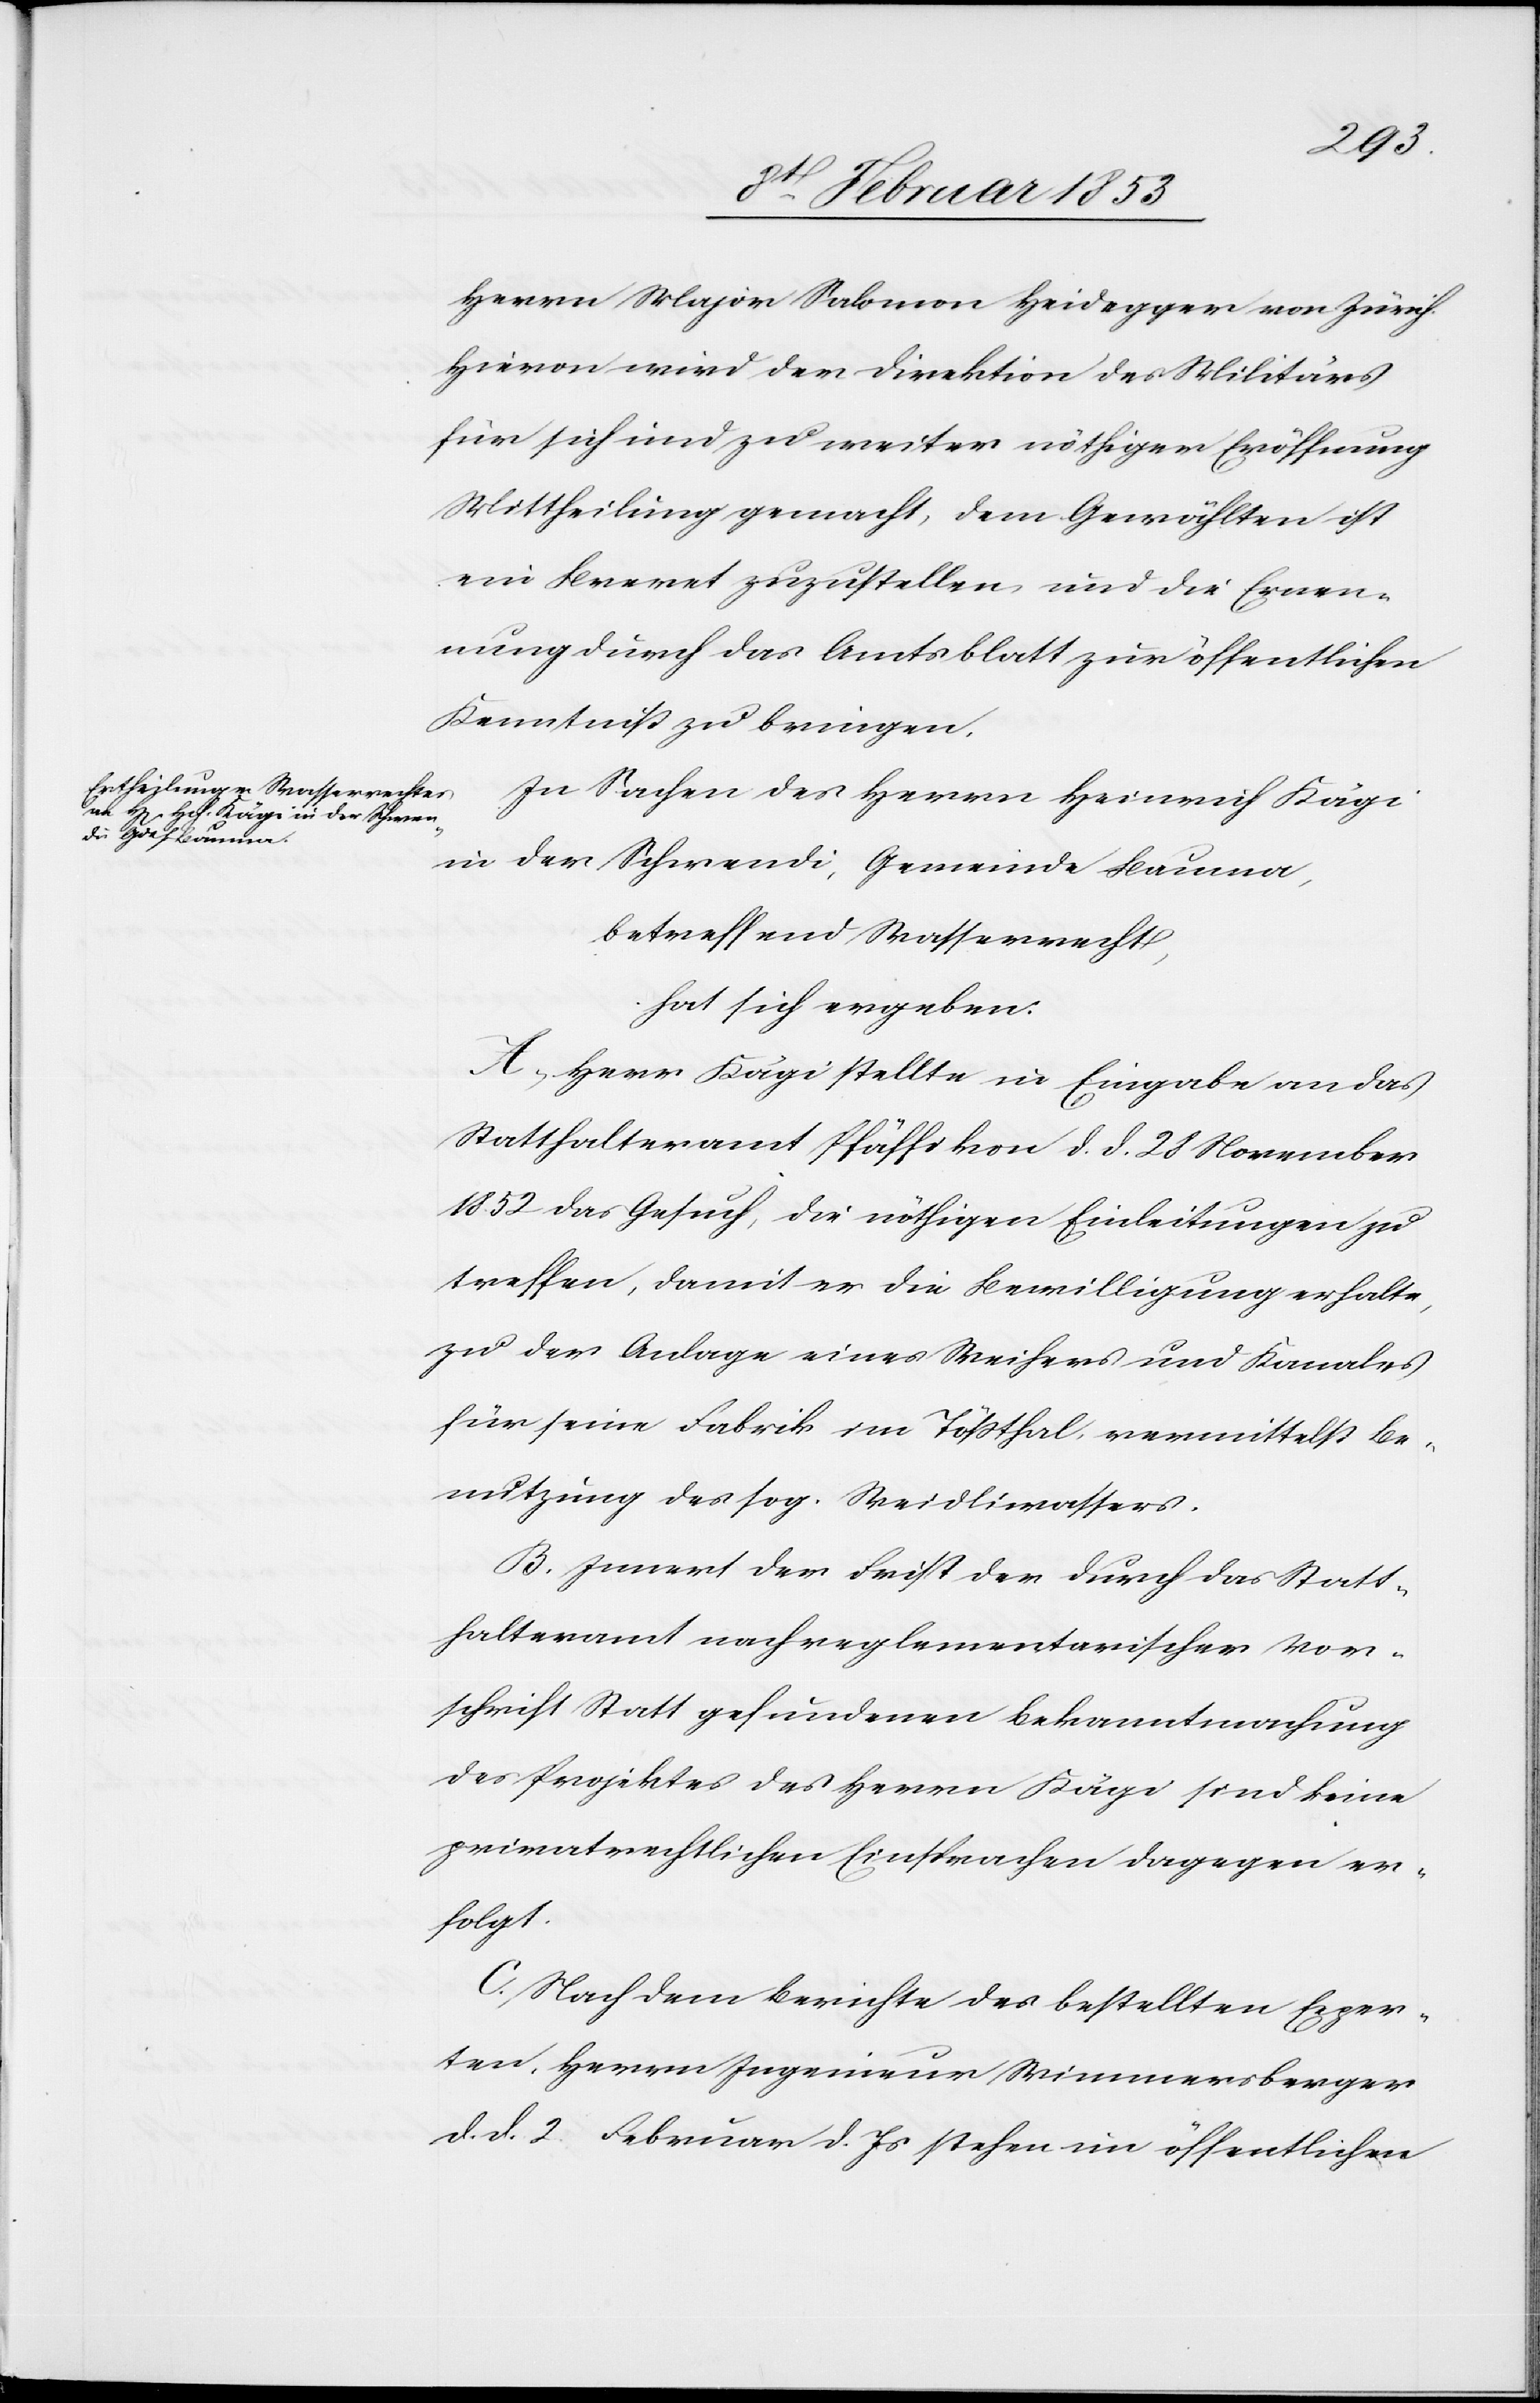
Herrn Major Salomon Heidegger von Zürich.
Hievon wird der Direktion des Militärs
für sich und zu weiter nöthigen Eröffnung
Mittheilung gemacht, dem Gewählten ist
ein Berret zuzustellen und die Ernen¬
nung durch das Amtsblatt zur öffentlichen
Kenntniß zu bringen.
In Sachen des Herrn Heinrich Kägi
in der Schwendi, Gemeinde Bauma,
betreffend Wasserrecht,
hat sich ergeben:
Herr Kägi stellte in Eingabe an das
Statthalteramt Pfäffikon d. d. 28. November
1852 das Gesuch, die nöthigen Einleitungen zu
treffen, damit er die Bewilligung erhalte,
zu der Anlage eines Weihers und Kanales
für eine Fabrik im Tößthal, vermittelst Be¬
nutzung des sog. Weidliwassers.
Innert der Frist der durch das Statt¬
halteramt nach reglementarischer Vor¬
schrift Statt gefundenen Bekanntmachung
des Projektes des Herrn Kägi sind keine
privatrechtlichen Einsprachen dagegen er¬
folgt.
Nach dem Berichte des bestellten Exper¬
ten, Herrn Ingenieur Wimmersberger
d. d. 2. Februar d. Js. stehen im öffentlichen